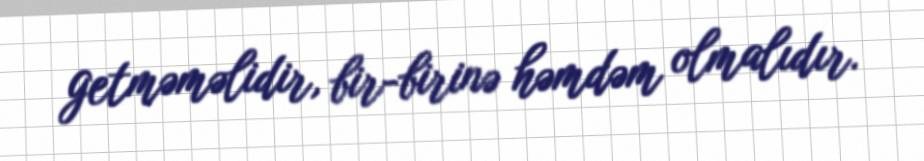
getməməlidir, bir-birinə həmdəm olmalıdır.